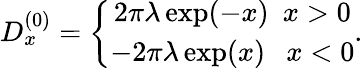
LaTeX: \begin{array}{r}{D_{x}^{(0)}=\left\{ \begin{array}{c}{2\pi\lambda\exp(-x)~~x>0}\\ {-2\pi\lambda\exp(x)~~~x<0}\end{array}\right..}\end{array}